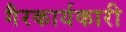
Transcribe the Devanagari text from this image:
गैरकार्यकारी